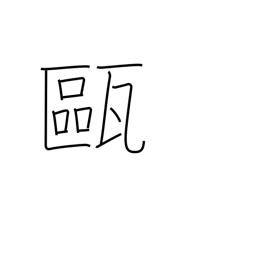
Meaning: small jar